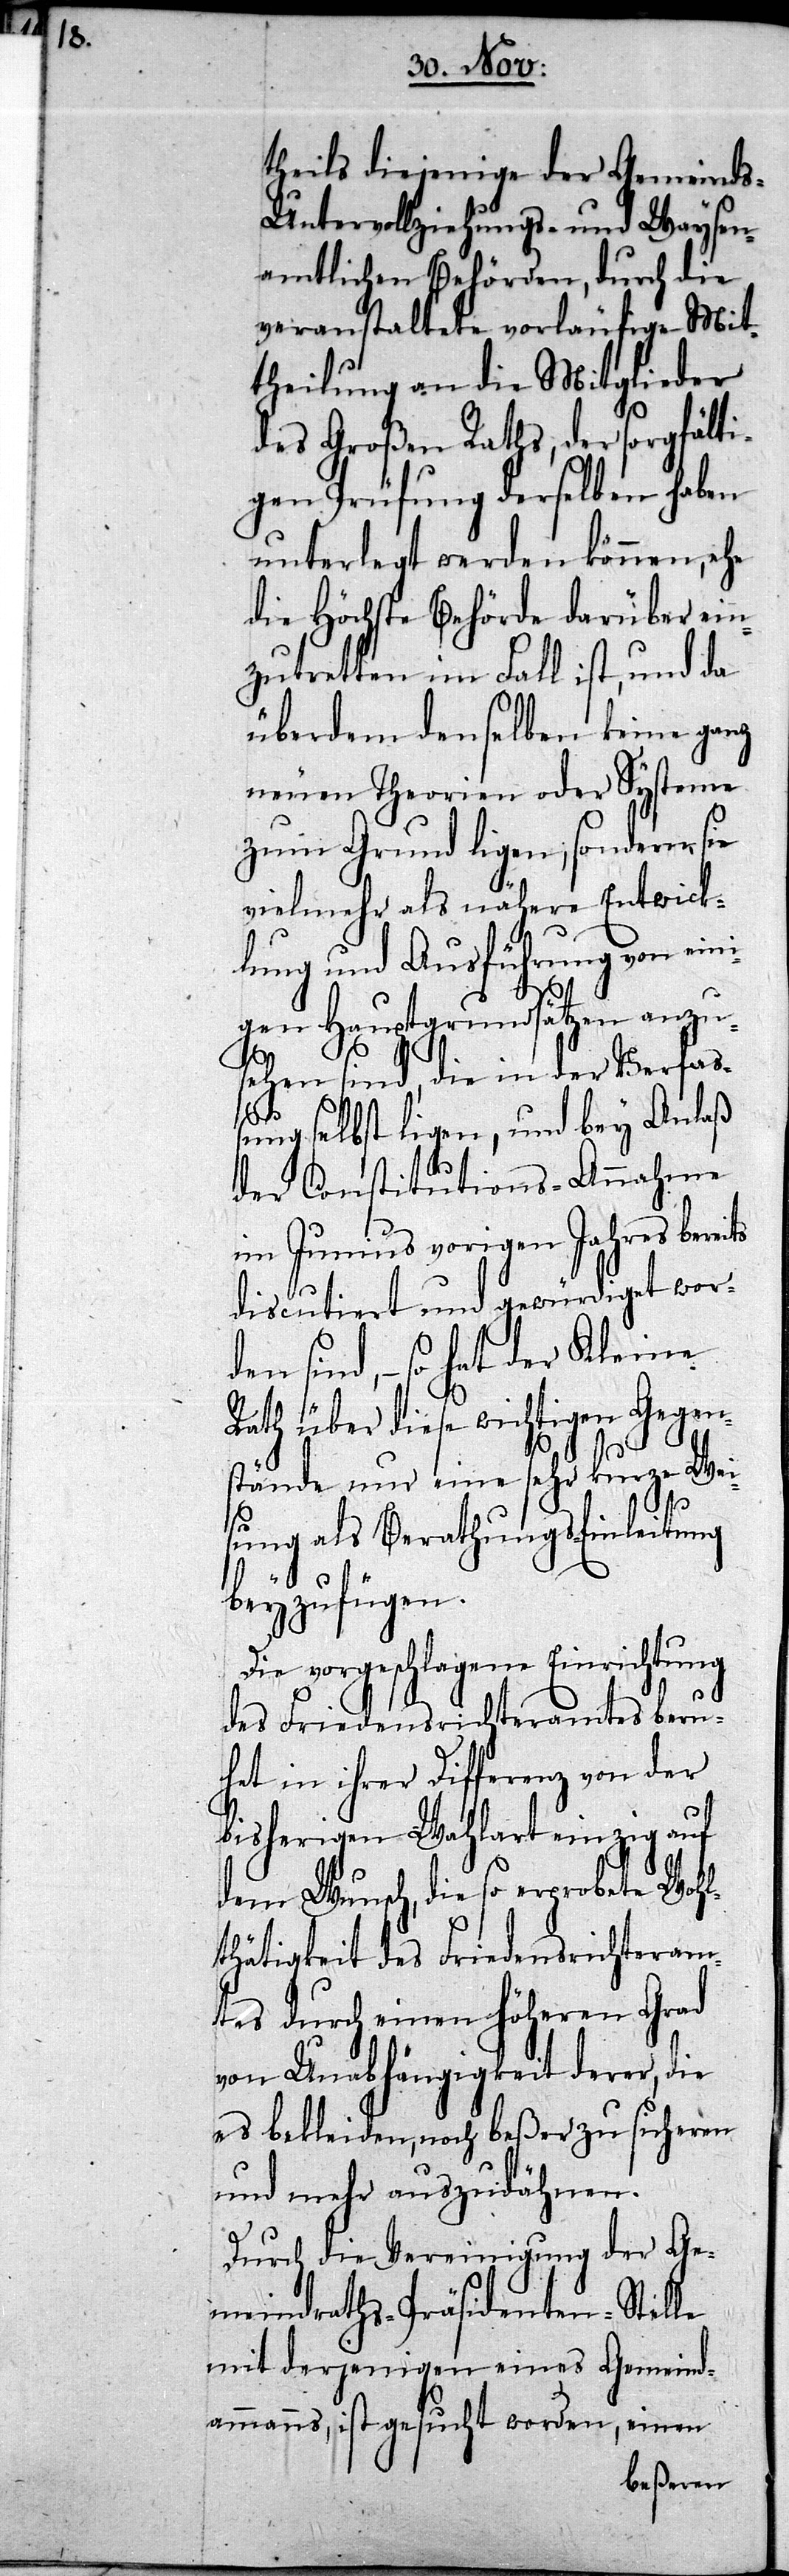
theils diejenige der Gemeind¬
s-Untervollziehungs- und Waysen¬
amtlichen Behörden, durch die
veranstaltete vorläufige Mit¬
theilung an die Mitglieder
des Großen Raths, der sorgfälti¬
gen Prüfung derselben haben
unterlegt werden können, ehe
die Höchste Behörde darüber ein¬
zutretten im Fall ist, und da
überdem denselben keine ganz
neuen Theorien oder Systeme
zum Grund ligen, sondern sie
vielmehr als nähere Entwick¬
lung und Ausführung von eini¬
gen Hauptgrundsätzen anzu¬
sehen sind, die in der Verfaß¬
ung selbst ligen, und bey Anlaß
der Constitutions-Annahme
im Junius vorigen Jahres bereits
discutiert und gewürdiget wor¬
den sind, – so hat der Kleine
Rath über diese wichtigen Gegen¬
stände nur eine sehr kurze Wei¬
sung als Berathungs-Einleitung
beyzufügen.
Die vorgeschlagene Einrichtung
des Friedensrichteramtes beru¬
het in ihrer Differenz von der
bisherigen Wahlart einzig auf
dem Wunsch, die so erprobete Wohl¬
thätigkeit des Friedensrichteram¬
tes durch einen höheren Grad
von Unabhängigkeit derer, die
es bekleiden, noch beßer zu sicheren
und mehr auszudähnen.
Durch die Vereinigung der Ge¬
meinderaths-Präsidenten-Stelle
mit derjenigen eines Gemeind¬
ammanns, ist gesucht worden, einen